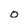
Character: O